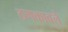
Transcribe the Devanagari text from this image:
ठणकावले